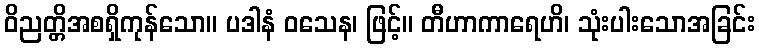
ဝိညတ္တိအစရှိကုန်သော။ ပဒါနံ ဝသေန၊ ဖြင့်။ တီဟာကာရေဟိ၊ သုံးပါးသောအခြင်း